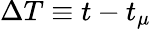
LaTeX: \Delta T\equiv t-t_{\mu}